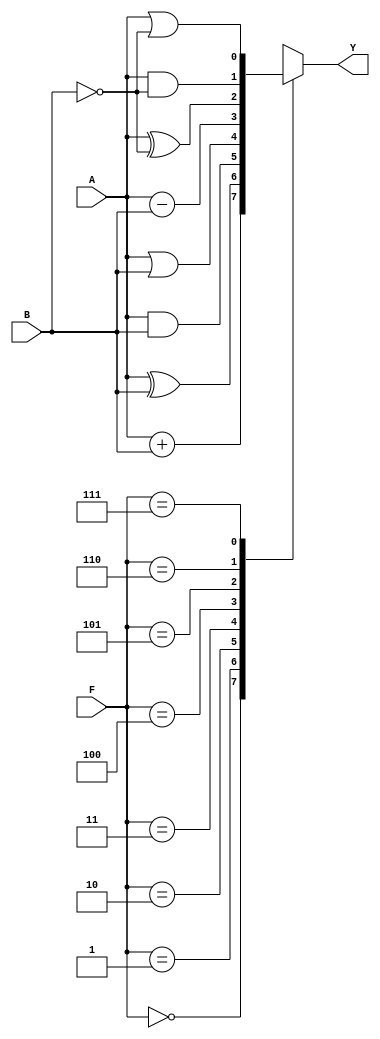
module EightBitALU(F,A,B,Y);

input A,B;
input [2:0]F;
output reg Y;
always@(F)

begin

case(F)

3'b000: Y=A+B;
3'b001: Y=A^B;
3'b010: Y=A&B;
3'b011: Y=A|B;
3'b100: Y=A-B;
3'b101: Y=A^(~B);
3'b110: Y=A&(~B);
3'b111: Y=A|(~B);
default: $display("no OP");
endcase
end
endmodule